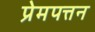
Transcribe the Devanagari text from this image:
प्रेमपत्तन